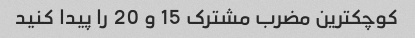
کوچکترین مضرب مشترک 15 و 20 را پیدا کنید